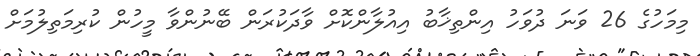
މިމަހުގެ 26 ވަނަ ދުވަހު އިންތިޚާބު އިއުލާންކޮށް ވާދަކުރަން ބޭނުންވާ މީހުން ކުރިމަތިލުމަށް